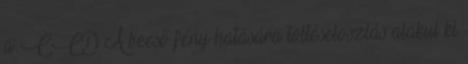
a CCD A beeső fény hatására töltéseloszlás alakul ki